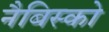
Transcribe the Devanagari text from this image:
नैबिस्को